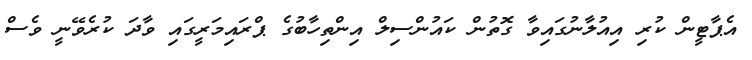
އެޕާޓީން ކުރި އިއުލާނުގައިވާ ގޮތުން ކައުންސިލް އިންތިހާބުގެ ޕްރައިމަރީގައި ވާދަ ކުރެވޭނީ ވެސް